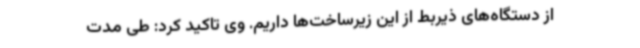
از دستگاه‌های ذیربط از این زیرساخت‌ها داریم. وی تاکید کرد: طی مدت